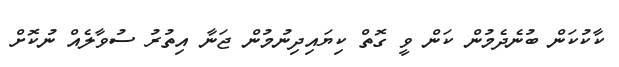
ކާކުކަން ބުނެދެމުން ކަން ވީ ގޮތް ކިޔައިދިނުމުން ޖަނާ އިތުރު ސުވާލެއް ނުކޮށް